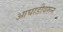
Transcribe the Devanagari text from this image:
आघाडीवरून